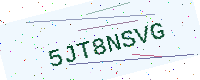
Text: 5JT8NSVG